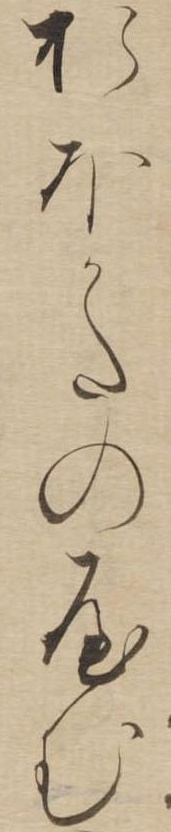
おほかたのやむ